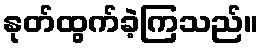
နုတ်ထွက်ခဲ့ကြသည်။